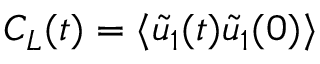
C _ { L } ( t ) = \langle \tilde { u } _ { 1 } ( t ) \tilde { u } _ { 1 } ( 0 ) \rangle